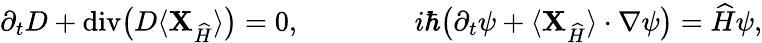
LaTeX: \partial_{t}D+\operatorname{div}\! \big(D\langle{\mathbf{X}}_{\widehat{H}}\rangle\big)=0,\qquad\qquad i\hbar\big(\partial_{t}\psi+\langle{\mathbf{X}}_{\widehat{H}}\rangle\cdot\nabla\psi\big)=\widehat{H}\psi,